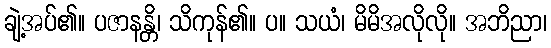
ချဲ့အပ်၏။ ပဇာနန္တိ၊ သိကုန်၏။ ပ။ သယံ၊ မိမိအလိုလို။ အဘိညာ၊